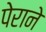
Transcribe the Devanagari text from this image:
पेराने